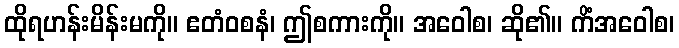
ထိုရဟန်းမိန်းမကို။ ဧတံဝစနံ၊ ဤစကားကို။ အဝေါစ၊ ဆို၏။ ကိံအဝေါစ၊